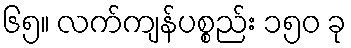
၆၅။ လက်ကျန်ပစ္စည်း ၁၅၀ ခု